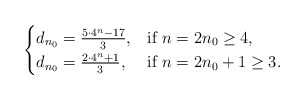
\begin{align*}\begin{cases}d_{n_0}=\frac{5\cdot 4^n-17}{3},& \mbox{if}\ n=2n_0\geq 4,\\d_{n_0}=\frac{2\cdot 4^n+1}{3}, & \mbox{if}\ n=2n_0+1\geq 3.\end{cases}\end{align*}